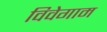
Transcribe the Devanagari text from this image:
विवेगाम